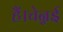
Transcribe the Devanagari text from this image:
हैं।चेन्नई